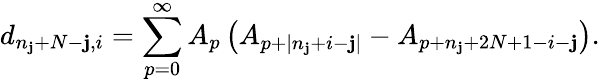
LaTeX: d_{n_{\mathbf{j}}+N-\mathbf{j},i}=\sum_{p=0}^{\infty}A_{p}\left(A_{p+|n_{\mathbf{j}}+i-\mathbf{j}|}-A_{p+n_{\mathbf{j}}+2N+1-i-\mathbf{j}}\right).